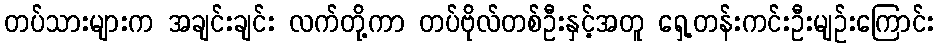
တပ်သားများက အချင်းချင်း လက်တို့ကာ တပ်ဗိုလ်တစ်ဦးနှင့်အတူ ရှေ့တန်းကင်းဦးမျဉ်းကြောင်း